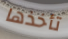
تأخذها